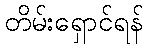
တိမ်းရှောင်ရန်